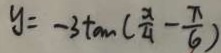
y = - 3 \tan ( \frac { x } { 4 } - \frac { \pi } { 6 } )